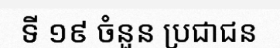
ទី ១៩ ចំនួន ប្រជាជន